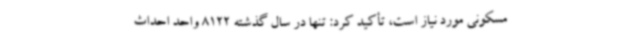
مسکونی مورد نیاز است، تأکید کرد: تنها در سال گذشته 8122 واحد احداث